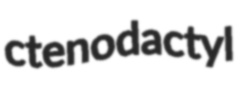
ctenodactyl